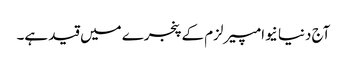
آج دنیا نیوامپیرلزم کے پنجرے میں قید ہے۔